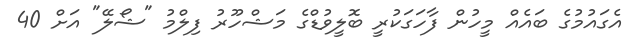
އެގައުމުގެ ބައެއް މީހުން ފާހަގަކުރީ ބޮލީވުޑްގެ މަޝްހޫރު ފިލްމު "ޝޯލޭ" އަށް 40